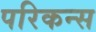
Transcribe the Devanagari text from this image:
परिकन्स